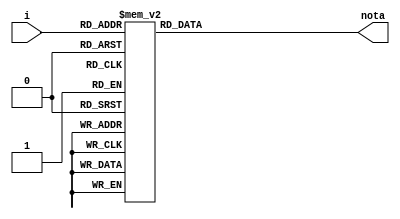
module secuencia_notas (
input wire [4:0] i,
output reg [15:0] nota 
);

localparam [15:0] nota1 = 16'd523,
                nota2 = 16'd261,
                nota3 = 16'd293,
                nota4 = 16'd329,
                nota5 = 16'd349,
                nota6 = 16'd392,
                nota7 = 16'd440,
                nota8 = 16'd493,
                nota9 = 16'd466,    
                nota_muda = 16'd0;

//Frecuencia clock EDU-FPGA 
parameter CLOCK_FREQUENCY = 12000000;

always @(*)begin
 case (i) 
  0: nota = CLOCK_FREQUENCY / (nota2 * 2);
  1: nota = CLOCK_FREQUENCY / (nota2 * 2);
  2: nota = CLOCK_FREQUENCY / (nota3 * 2);
  3: nota = CLOCK_FREQUENCY / (nota2 * 2);
  4: nota = CLOCK_FREQUENCY / (nota5 * 2);
  5: nota = CLOCK_FREQUENCY / (nota4 * 2);
  6: nota = CLOCK_FREQUENCY / (nota4 * 2);

  7: nota = CLOCK_FREQUENCY / (nota2 * 2);
  8: nota = CLOCK_FREQUENCY / (nota2 * 2);
  9: nota = CLOCK_FREQUENCY / (nota3 * 2);
  10: nota = CLOCK_FREQUENCY / (nota2 * 2);
  11: nota = CLOCK_FREQUENCY / (nota6 * 2);
  12: nota = CLOCK_FREQUENCY / (nota5 * 2);
  13: nota = CLOCK_FREQUENCY / (nota5 * 2);

  14: nota = CLOCK_FREQUENCY / (nota2 * 2);
  15: nota = CLOCK_FREQUENCY / (nota2 * 2);
  16: nota = CLOCK_FREQUENCY / (nota1 * 2);
  17: nota = CLOCK_FREQUENCY / (nota7 * 2);
  18: nota = CLOCK_FREQUENCY / (nota5 * 2);
  19: nota = CLOCK_FREQUENCY / (nota4 * 2);
  20: nota = CLOCK_FREQUENCY / (nota3 * 2);
  21: nota = CLOCK_FREQUENCY / (nota3 * 2);

  22: nota = CLOCK_FREQUENCY / (nota9 * 2);
  23: nota = CLOCK_FREQUENCY / (nota9 * 2);
  24: nota = CLOCK_FREQUENCY / (nota7 * 2);
  25: nota = CLOCK_FREQUENCY / (nota5 * 2);
  26: nota = CLOCK_FREQUENCY / (nota6 * 2);
  27: nota = CLOCK_FREQUENCY / (nota5 * 2);
  28: nota = CLOCK_FREQUENCY / (nota5 * 2);

  29: nota = nota_muda;
  default nota = nota_muda;
 endcase
end

endmodule